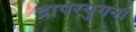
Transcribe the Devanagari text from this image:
द्रापरयुगनो